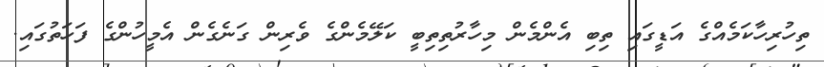
ތިހުރިހާކަމެއްގެ އަޑީގައި ތިބި އެންމެން މިހާރުތިތިބީ ކަލޭމެންގެ ވެރިން ގަނެގެން އެމީހުންގެ ފަހަތުގައި.